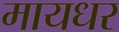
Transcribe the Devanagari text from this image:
मायधर